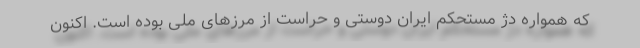
که همواره دژ مستحکم ایران دوستی و حراست از مرزهای ملی بوده است. اکنون